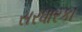
સરધારકા